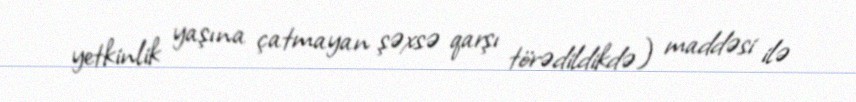
yetkinlik yaşına çatmayan şəxsə qarşı törədildikdə) maddəsi ilə